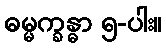
ဓမ္မက္ခန္ဓာ ၅-ပါး။